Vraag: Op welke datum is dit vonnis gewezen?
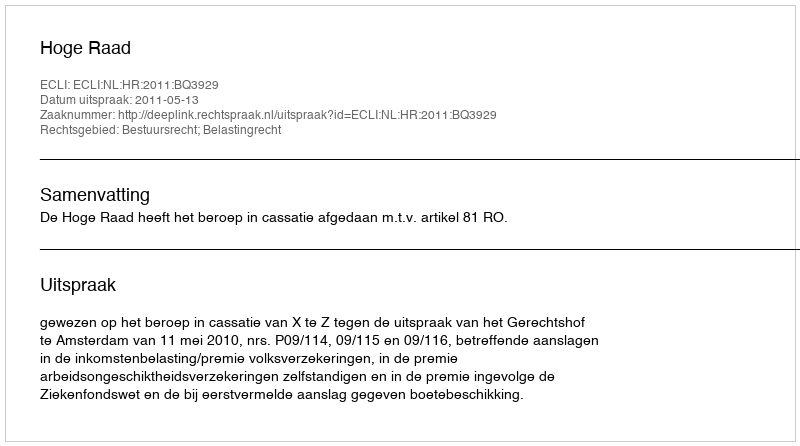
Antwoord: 2011-05-13